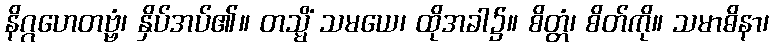
နိဂ္ဂဟေတဗ္ဗံ၊ နှိပ်အပ်၏။ တသ္မိံ သမယေ၊ ထိုအခါ၌။ စိတ္တံ၊ စိတ်ကို။ သမာဓိနာ၊